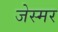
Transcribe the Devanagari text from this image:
जेस्मर